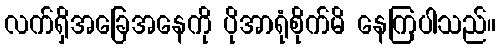
လက်ရှိအခြေအနေကို ပိုအာရုံစိုက်မိ နေကြပါသည်။